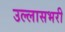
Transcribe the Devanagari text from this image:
उल्लासभरी